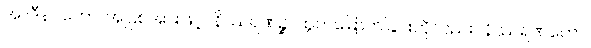
အာဒီနဝတော၊ အပြစ်အားဖြင့်။ နိဿရဏဉ္စ၊ ထွက်မြောက်ခြင်းကိုလည်း။ နိဿရဏတော၊